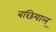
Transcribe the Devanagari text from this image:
बछियाल्